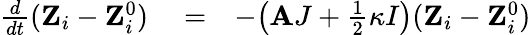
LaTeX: \begin{array}{rlr}{\frac{d}{dt}({\mathbf Z}_{i}-{\mathbf Z}_{i}^{0})}&{{}=}&{-\big({\mathbf AJ+\frac{1}{2}\kappa I}\big)({\mathbf Z}_{i}-{\mathbf Z}_{i}^{0})}\end{array}